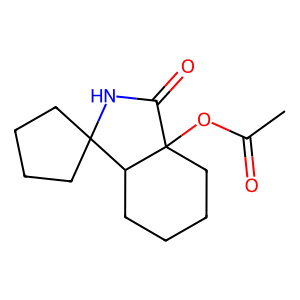
SMILES: CC(=O)OC12CCCCC1C1(CCCC1)NC2=O
Inhibits HIV replication: No